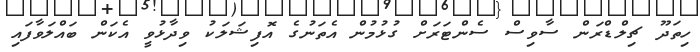
ހިތަދޫ ޗިލްޑްރަން ސާވިސް ސެންޓަރަށް ގުޅުމުން އެތަނުގެ އޮފިޝަލަކު ވިދާޅުވީ އެކަން ބައްލަވާފައި